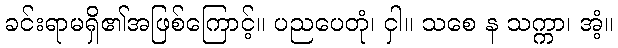
ခင်းရာမရှိ၏အဖြစ်ကြောင့်။ ပညပေတုံ၊ ငှါ။ သစေ န သက္ကာ၊ အံ့။